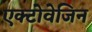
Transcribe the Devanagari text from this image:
एक्टोवेजिन